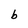
Character: b